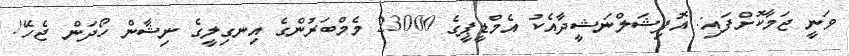
ވަނީ ޖަމާކޮށްފައި: އޮފިޝަލްނަޝީދާއެކު އެމްޑީޕީގެ 23000 މެމްބަރުންގެ އިނގިލީގެ ނިޝާން ހޯދަން ޖެހޭ!